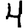
Digit: 4